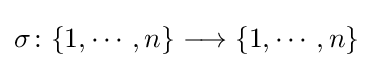
\sigma \colon \{1,\cdots ,n\}\longrightarrow \{1,\cdots ,n\}